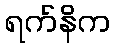
ရက်နိက